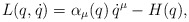
\begin{align*}L(q,\dot q)=\alpha_\mu (q) \, \dot q^\mu - H(q),\end{align*}